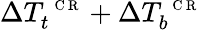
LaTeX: \Delta T_{t}^{\mathrm{~\scriptsize~C~R~}}+\Delta T_{b}^{\mathrm{~\scriptsize~C~R~}}